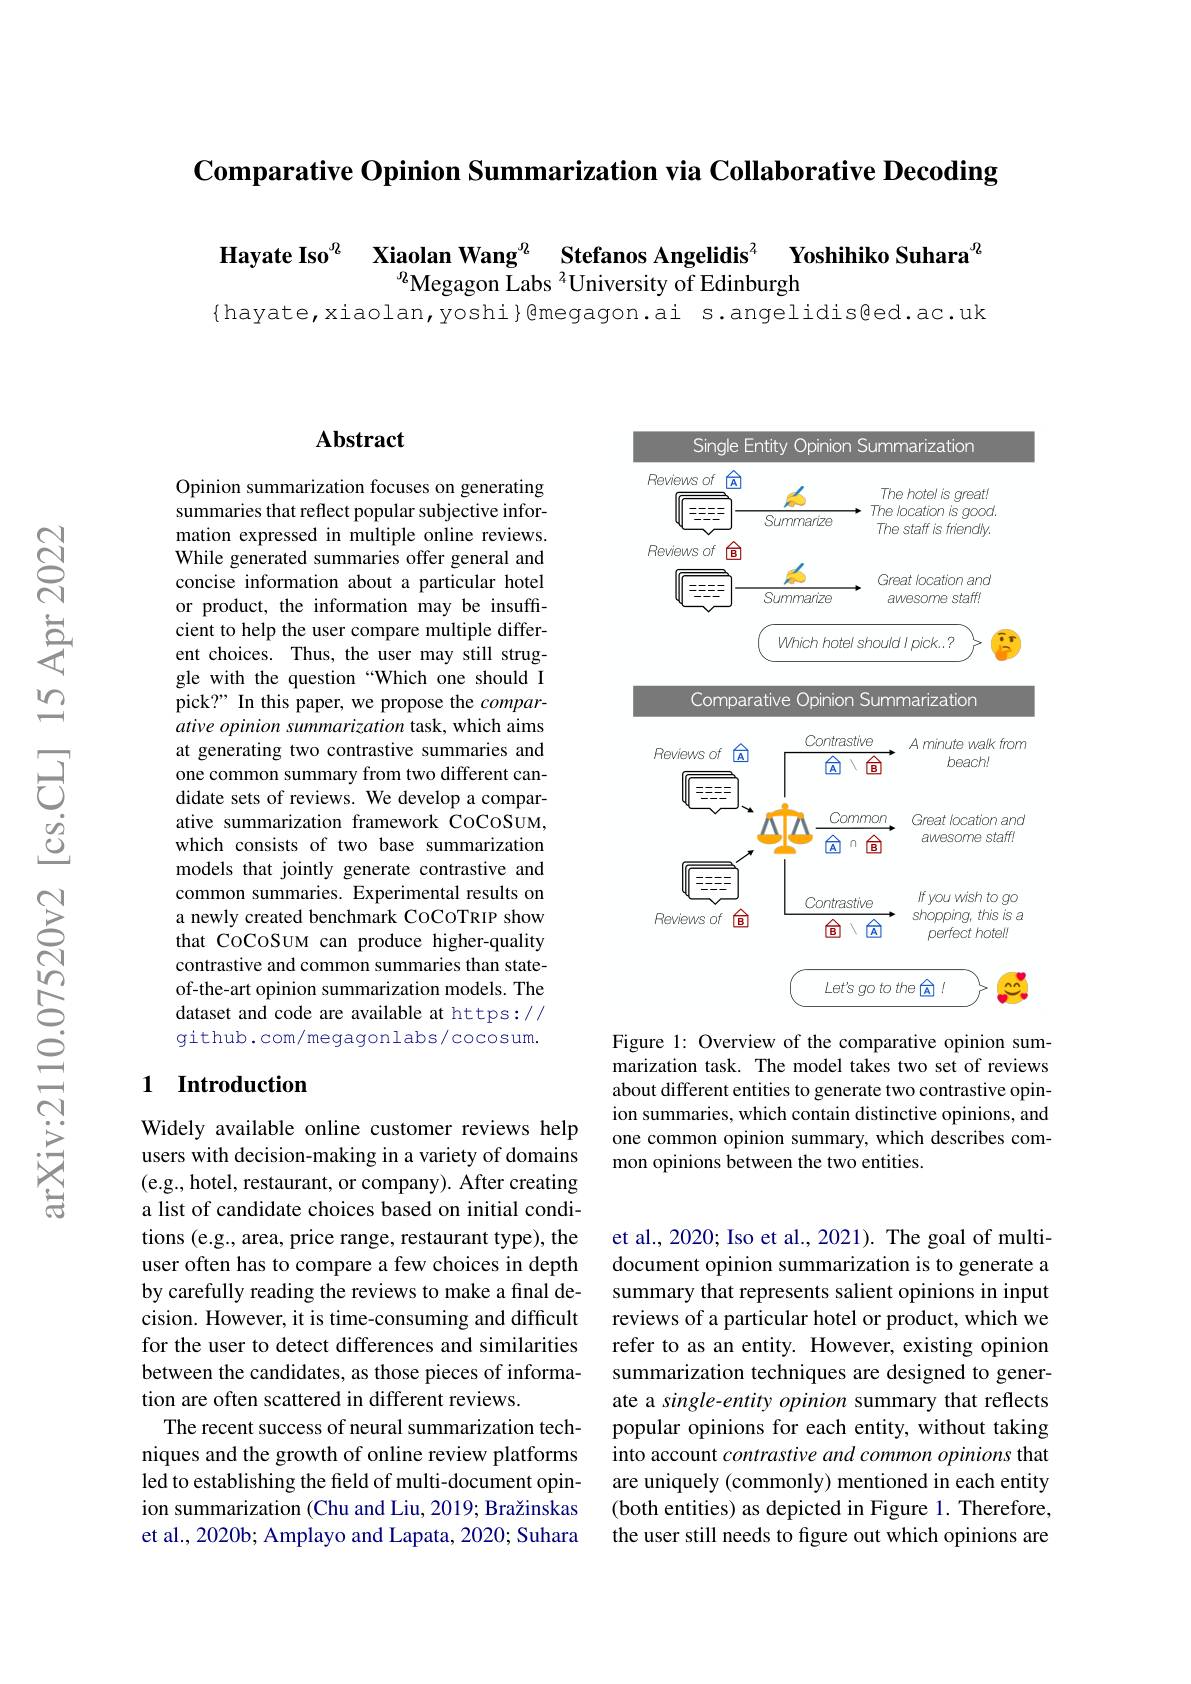
Comparative Opinion Summarization via Collaborative Decoding

Hayate Iso$^{\textcircled{9}}$ Xiaolan Wang$^{\textcircled{9}}$ Stefanos Angelidis$^{2}$
Yoshihiko Suhara$^{\mathrm{g}}$
Megagon Labs $^{2}$University of Edinburgh
{hayate,xiaolan,yoshi}Qmegagon.ai s.angelidis@ed.ac.uk

## $\mathbf{Abstract}$

Opinion summarization focuses on generating summaries that reflect popular subjective information expressed in multiple online reviews. While generated summaries offer general and concise information about a particular hotel or product, the information may be insuffcient to help the user compare multiple different choices. Thus, the user may still struggle with the question “Which one should I pick?" In this paper, we propose the $compar-$ ative opinion summarization task, which aims at generating two contrastive summaries and one common summary from two different candidate sets of reviews. We develop a comparative summarization framework CoCoSUM, which consists of two base summarization models that jointly generate contrastive and common summaries. Experimental results on a newly created benchmark CoCoTRIP show that CoCoSum can produce higher-quality contrastive and common summaries than stateof-the-art opinion summarization models. The dataset and code are available at https:// github.com/megagonlabs/cocosum.

### 1 Introduction

Widely available online customer reviews help users with decision-making in a variety of domains (e.g., hotel, restaurant, or company). After creating a list of candidate choices based on initial conditions (e.g., area, price range, restaurant type), the user often has to compare a few choices in depth by carefully reading the reviews to make a final decision. However, it is time-consuming and difficult for the user to detect differences and similarities between the candidates, as those pieces of information are often scattered in different reviews.
The recent success of neural summarization techniques and the growth of online review platforms led to establishing the field of multi-document opinion summarization (Chu and Liu, 2019; Bražinskas et al., 2020b; Amplayo and Lapata, 2020; Suhara

<FigureHere>

Figure 1: Overview of the comparative opinion summarization task. The model takes two set of reviews about different entities to generate two contrastive opinion summaries, which contain distinctive opinions, and one common opinion summary, which describes common opinions between the two entities.

et al., 2020; Iso et al., 2021). The goal of multidocument opinion summarization is to generate a summary that represents salient opinions in input reviews of a particular hotel or product, which we refer to as an entity. However, existing opinion summarization techniques are designed to generate a single-entity opinion summary that reflects popular opinions for each entity, without taking into account contrastive and common opinions that are uniquely (commonly) mentioned in each entity (both entities) as depicted in Figure 1. Therefore, the user still needs to figure out which opinions are